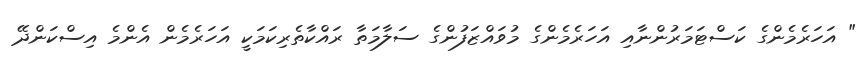
" އަހަރެމެންގެ ކަސްޓަމަރުންނާއި އަހަރެމެންގެ މުވައްޒަފުންގެ ސަލާމަތާ ރައްކާތެރިކަމަކީ އަހަރެމެން އެންމެ އިސްކަންދޭ